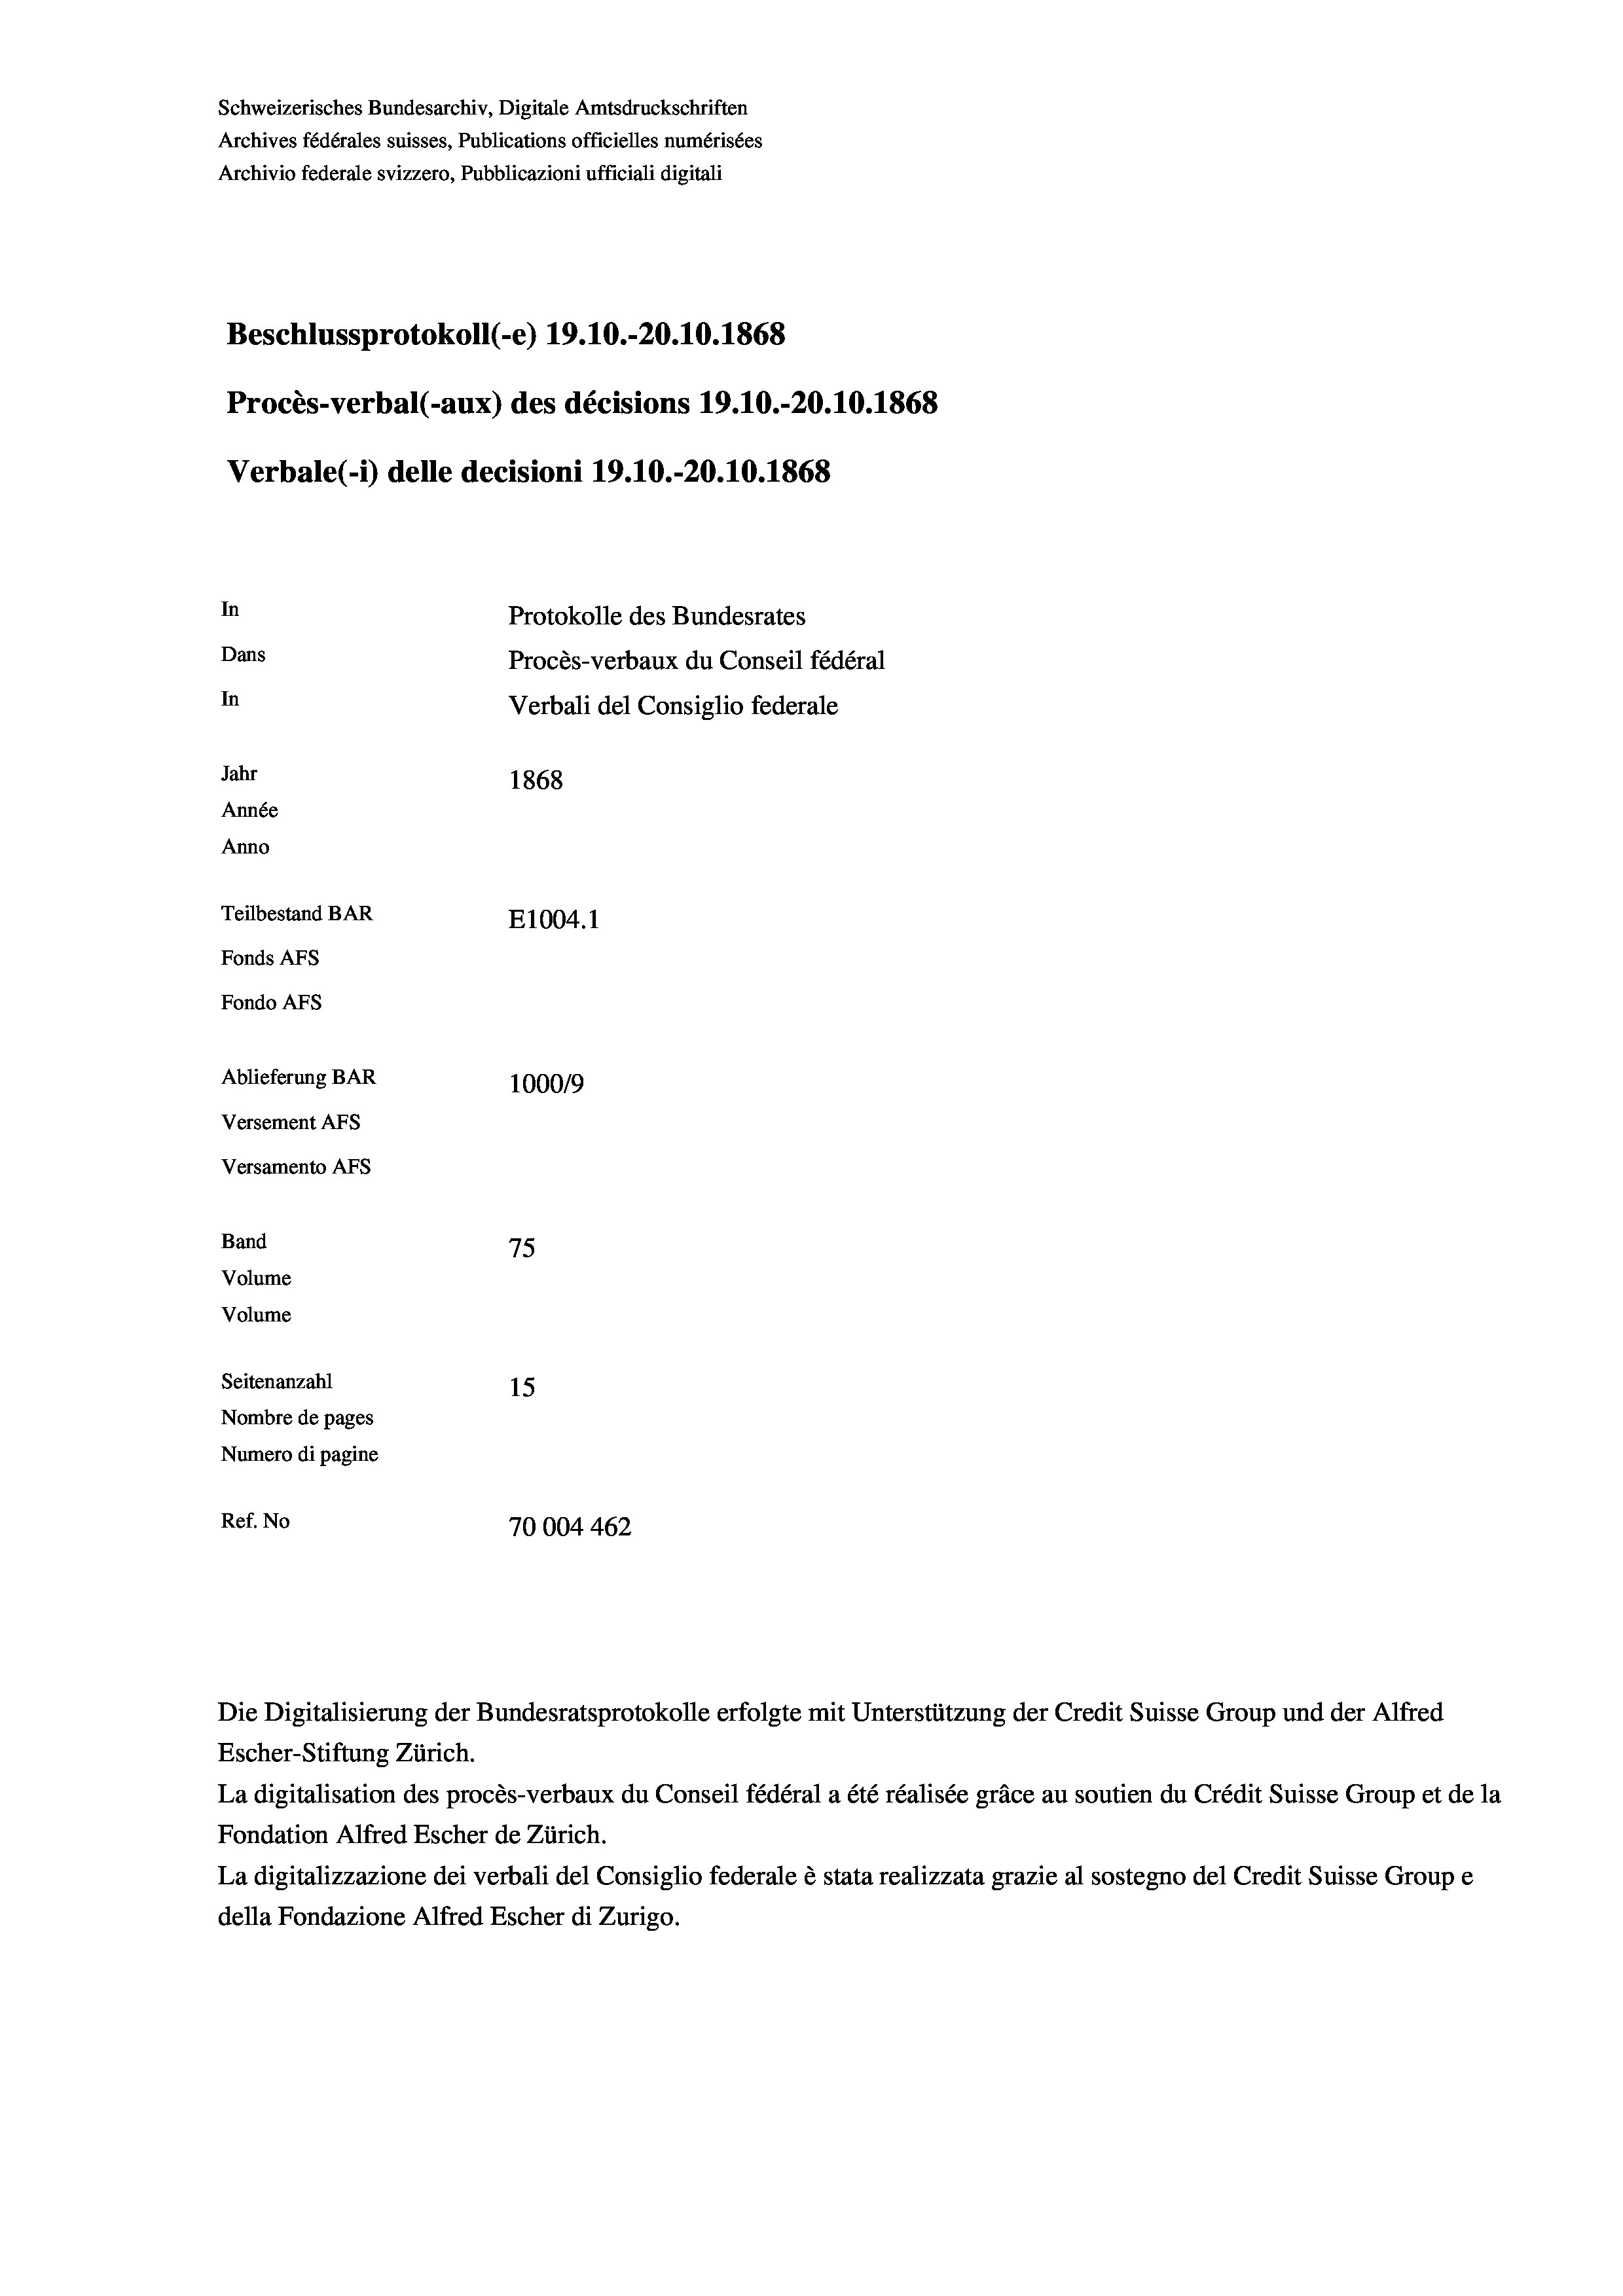
Schweizerisches Bundesarchiv, Digitale Amtsdruckschriften
Archives fédérales suisses, Publications officielles numérisées
Archivio federale svizzero, Pubblicazioni ufficiali digitali
Beschlussprotokoll (-e) 19.10.-20.10.1868
Procès-verbal (-aux) des décisions 19.10.-20.10.1868
Verbale (1) delle decisioni 19.10.-20.10.1868
In
Protokolle des Bundesrates
Dans
Procès-verbaux du Conseil fédéral
In
Verbali del Consiglio federale
Jahr
1868
Année
Anno
Teilbestand BAR
E1004. 1
Fonds AFs
Fondo AFS
Ablieferung BAR
100019
Versement Ans
Versamento Afs
Band
75
Volume

Volume
Seitenanzahl
15
Nombre de pages
Numero di pagine
Ref. No
70004462

Escher-Stiftung Zürich.
La digitalisation des procès-verbaux du Conseil fédéral a été réalisée gräce au soutien du Crédit Suisse Group et de la
Fondation Alfred Escher de Zürich.
La digitalizzazione dei verbali del Consiglio federale è stata realizzata grazie al sostegno del Credit Suisse Groupe
della Fondazione Alfred Escher di Zurigo.

Die Digitalisierung der Bundesratsprotokolle erfolgte mit Unterstützung der Credit Suisse Group und der Alfred